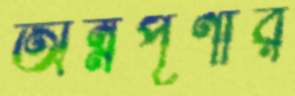
অন্নপূর্ণার